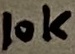
Text: 10K